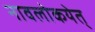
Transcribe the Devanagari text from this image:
नावलोकयेत्